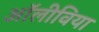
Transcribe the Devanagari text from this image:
अॉलीविया